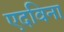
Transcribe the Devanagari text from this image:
एदविना